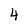
Character: 4